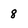
Character: 8